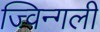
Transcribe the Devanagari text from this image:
ज्विन्गली